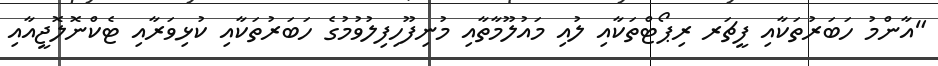
"އާންމު ހަބަރުތަކާއި ފީޗަރ ރިޕޯޓްތަކާއި ލުއި މައުލޫމާތާއި މުނިފޫހިފިލުވުމުގެ ހަބަރުތަކާއި ކުޅިވަރާއި ޓެކްނޮލޮޖީއާއި